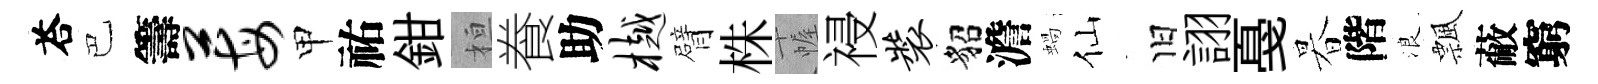
荅巴籌莓甲祐鉗桓飬助樾臂株幄祲装貂澹蝸仙旧詡戞暮階浪飄蔽窮